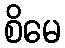
စိမေ